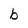
Character: b